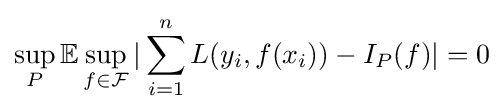
\sup _{P}\mathbb {E} \sup _{f\in {\mathcal {F}}}|\sum _{i=1}^{n}L(y_{i},f(x_{i}))-I_{P}(f)|=0